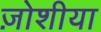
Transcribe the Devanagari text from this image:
ज़ोशीया